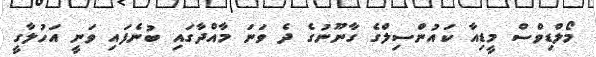
މޯލްޑިވްސް މީޑިއާ ކައުންސިލްގެ ގާނޫނުގެ ދެ ވަނަ މާއްދާގައި ބުނެފައި ވަނީ އަހުލާގީ